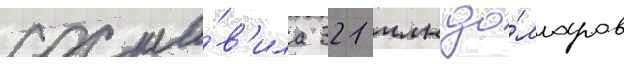
соста́в'ила 321 млн до́лларов